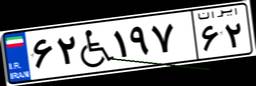
۶۲W۱۹۷۶۲